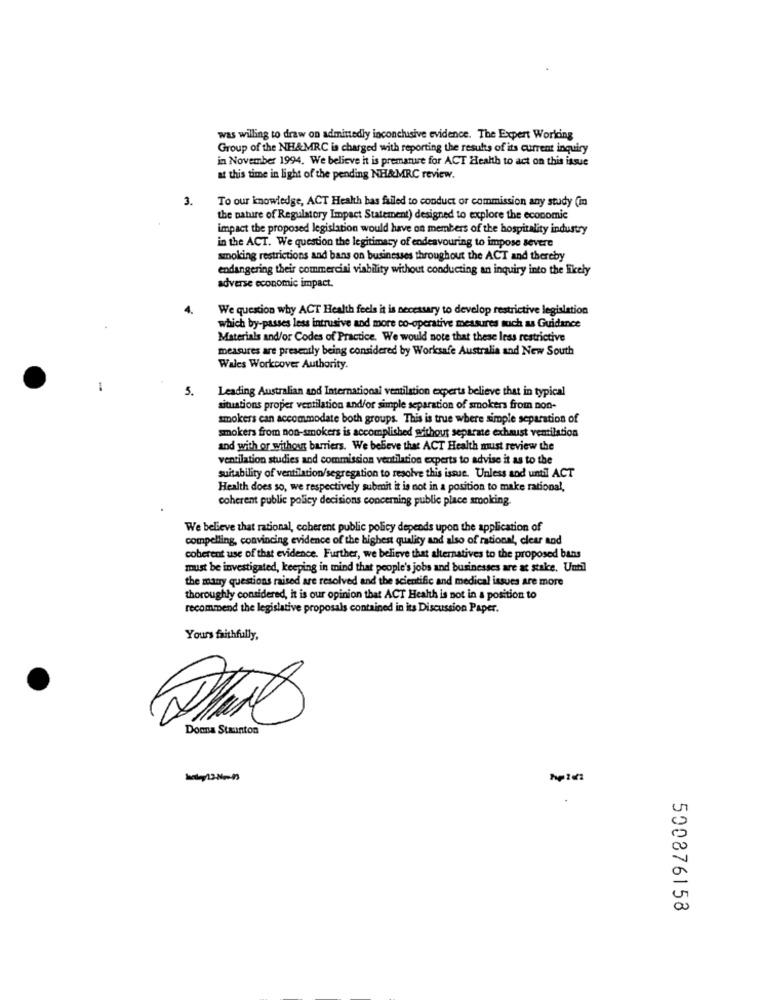
was willing to draw on admittedly inconclusive evidence. The Expert Working
Group of the NH&MRC is charged with reporting the results of its current inquiry
in November 1994. We believe it is premature for ACT Health to act on this issue
at this time in light of the pending NH&MRC review.
3.
To our knowledge, ACT Health bas failed to conduct or commission any study (m
the nature of Regulatory Impact Statement) designed to explore the economic
impact the proposed legislation would have on members of the hospitality industry
in the ACT. We question the legitimacy of endeavouring to impose severe
smoking restrictions and bans on businesses throughout the ACT and thereby
endangering their commercini viability without conducting an inquiry into the likely
adverse economic impact.
We question why ACT Health feels it is necessary to develop restrictive legislation
which by-passes less intrusive and more co-operative measures such as Guidance
Materials and/or Codes of Practice. We would note that these less restrictive
measures are presently being considered by Worksafe Australia and New South
Wales Workcover Authority.
-
5.
Leading Australian and International ventilation experts believe that in typical
situations proper ventilation and/or simple separation of smokers from non-
smokers can accommodate both groups. This is true where simple separation of
smokers from non-smokers is accomplished without separate exhaust vemilation
and with or without barriers. We believe that ACT Health must review the
ventilation studies and commission ventilation experts to advise it as to the
suitability of ventilation/segregation to resolve this issue. Unless and until ACT
Health does so, we respectively submit it is not in a position to make rational,
coherent public policy decisions concerning public place smoking.
We believe that rational, coherent public policy depends upon the application of
compelling, convincing evidence of the highest quality and also of rational, clear and
coherent use of that evidence. Further, we believe that alternatives to the proposed bans
must be investigated, keeping in mind that people's jobs and businesses are at stake, Until
the many questions raised are resolved and the scientific and medical issues are more
thoroughly considered, it is our opinion that ACT Health is not in a position to
recommend the legislative proposals contained in its Discussion Paper.
Yours faithfully,
Donna Staunton
500876158